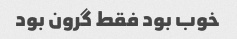
خوب بود فقط گرون بود